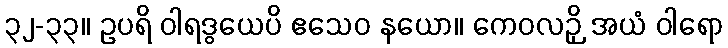
၃၂-၃၃။ ဥပရိ ဝါရဒွယေပိ ဧသေဝ နယော။ ကေဝလဉှိ အယံ ဝါရော